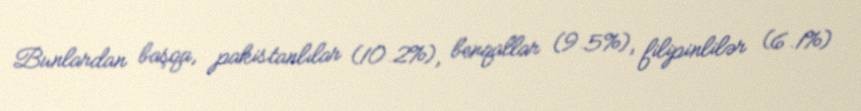
Bunlardan başqa, pakistanlılar (10.2%), benqallar (9.5%), filipinlilər (6.1%)